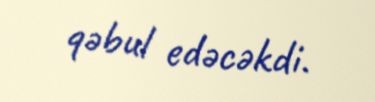
qəbul edəcəkdi.